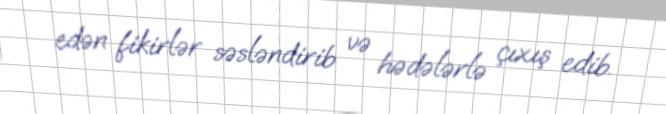
edən fikirlər səsləndirib və hədələrlə çıxış edib.